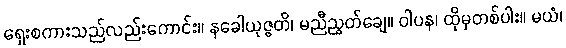
ရှေးစကားသည်လည်းကောင်း။ နခေါယုဇ္ဇတိ၊ မညီညွတ်ချေ။ ဝါပန၊ ထိုမှတစ်ပါး။ မယံ၊